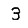
Digit: 3